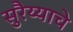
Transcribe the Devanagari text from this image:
सुरैय्याचे